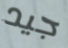
جيد